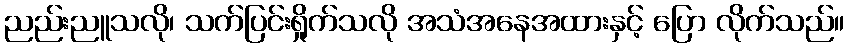
ညည်းညူသလို၊ သက်ပြင်းရှိုက်သလို အသံအနေအထားနှင့် ပြော လိုက်သည်။